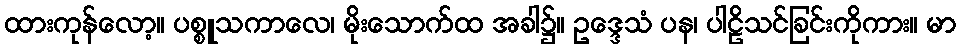
ထားကုန်လော့။ ပစ္စူသကာလေ၊ မိုးသောက်ထ အခါ၌။ ဥဒ္ဒေသံ ပန၊ ပါဠိသင်ခြင်းကိုကား။ မာ